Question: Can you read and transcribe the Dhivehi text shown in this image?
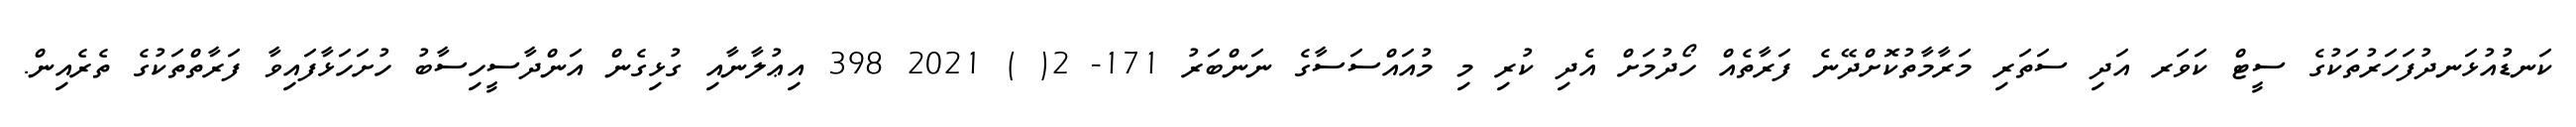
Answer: ކަނޑުއުޅަނދުފަހަރުތަކުގެ ސީޓް ކަވަރ އަދި ސަތަރި މަރާމާތުކޮށްދޭނެ ފަރާތެއް ހޯދުމަށް އެދި ކުރި މި މުއައްސަސާގެ ނަންބަރު 171- 2( ) 2021 398 އިޢުލާނާއި ގުޅިގެން އަންދާސީހިސާބު ހުށަހަޅާފައިވާ ފަރާތްތަކުގެ ތެރެއިން.